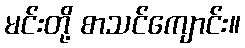
မင်းတို့ စာသင်ကျောင်း။